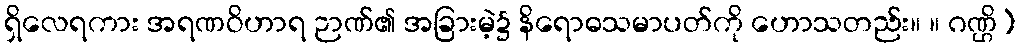
ရှိလေရကား အရဏဝိဟာရ ဉာဏ်၏ အခြားမဲ့၌ နိရောဓသမာပတ်ကို ဟောသတည်း။ ။ ဂဏ္ဌိ)